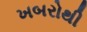
ખબરોથી